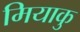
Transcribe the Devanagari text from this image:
मियाकु